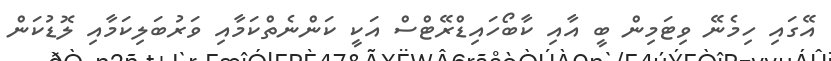
އޭގައި ހިމެނޭ ވިޓަމިން ބީ އާއި ކާބޯހައިޑްރޭޓްސް އަކީ ކަންނެތްކަމާއި ވަރުބަލިކަމާއި ލޮޑުކަން